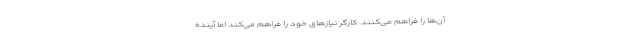
آن‌ها را فراهم می‌کنند. کارگر نیازهای خود را فراهم می‌کند اما آینده